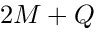
2 M + Q